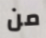
من